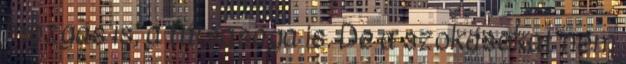
mozgás is, a társasága is. De a szokásokat nem